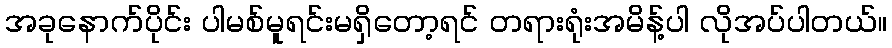
အခုနောက်ပိုင်း ပါမစ်မူရင်းမရှိတော့ရင် တရားရုံးအမိန့်ပါ လိုအပ်ပါတယ်။